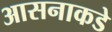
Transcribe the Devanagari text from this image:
आसनाकडे